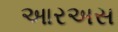
આરઅસ